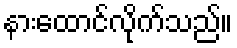
နားထောင်လိုက်သည်။